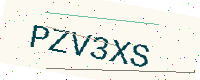
Text: PZV3XS